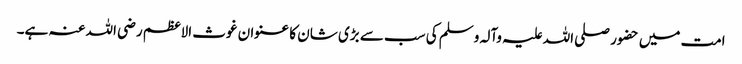
امت میں حضور صلی اللہ علیہ وآلہ وسلم کی سب سے بڑی شان کا عنوان غوث الاعظم رضی اللہ عنہ ہے۔